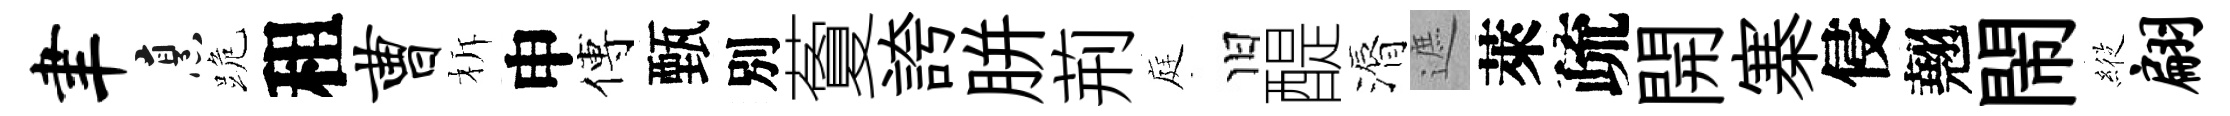
聿烹跪租曹柝申傅甄別藑誇胼荊庭旧醍漘遮萊疏開寨侵翹閙𦂵翩